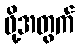
ဖို့အတွက်